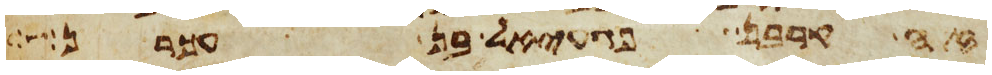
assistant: זה קרבן פגעאל בן עכרן